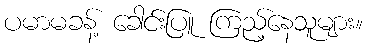
ပမာမခန့် ခေါင်းပြူ ကြည့်နေသူများ။